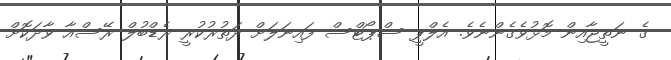
ގެ ނަތީޖާއިން މޮޅުވެގެންނެވެ. އެލްޕީ ސްޕޯޓްސް ފައިނަލަށް ދަތުރުކުރީ ރެޑްބުލް ރޭސްއާ ވާދަކޮށް